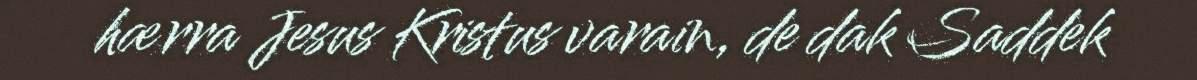
hærra Jesus Kristus varain, de dak Saddek